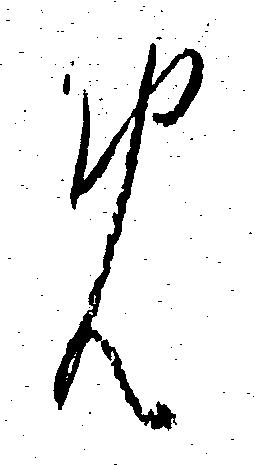
め